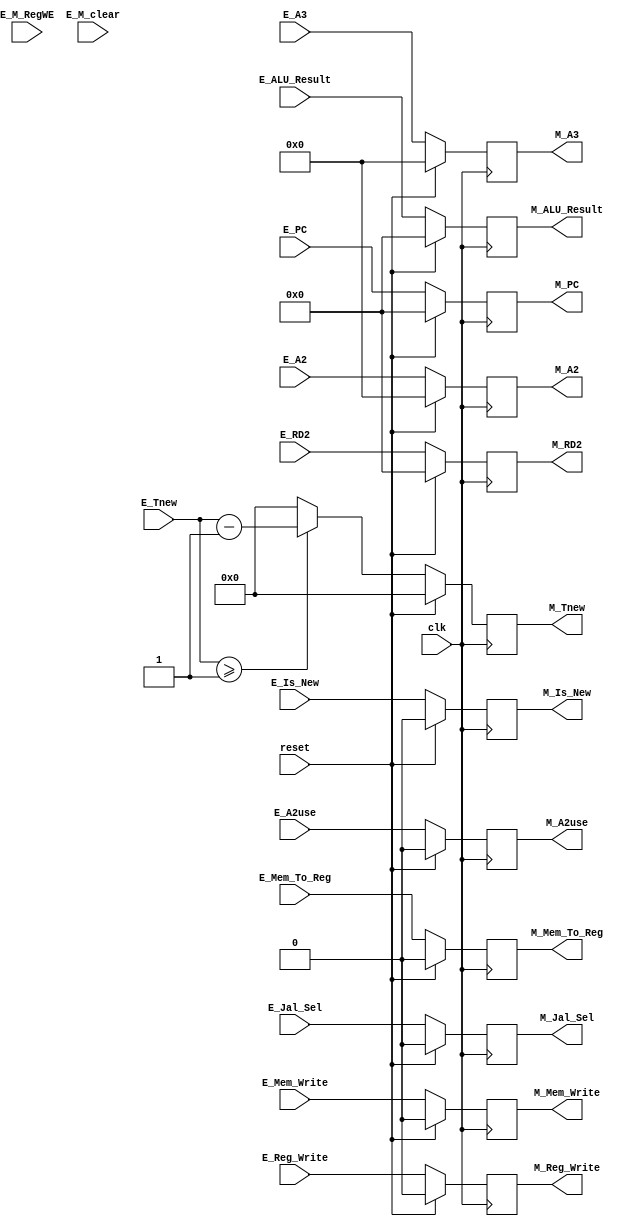
`timescale 1ns / 1ps
//////////////////////////////////////////////////////////////////////////////////
// Company: 
// Engineer: 
// 
// Design Name: 
// Module Name:    E_M 
// Project Name: 
// Target Devices: 
// Tool versions: 
// Description: 
//
// Dependencies: 
//
// Revision: 
// Revision 0.01 - File Created
// Additional Comments: 
//
//////////////////////////////////////////////////////////////////////////////////
module E_M(
    input clk,
    input reset,
    input E_M_RegWE,
    input E_M_clear,

    input [31:0] E_RD2,
    input [31:0] E_PC,
    input E_Mem_Write,//DM
    input [31:0] E_ALU_Result,
    input E_Reg_Write,//GRF
    input E_Mem_To_Reg,//Choose
    input E_Jal_Sel,
    input [4:0] E_A3,//Forwarding
    input [4:0] E_A2,
	input [3:0] E_Tnew,//Delay
    input E_A2use,
	input E_Is_New,
	
	output reg M_Is_New,
    output reg [31:0] M_RD2,
    output reg [31:0] M_PC,
    output reg M_Mem_Write,//DM
    output reg [31:0] M_ALU_Result,
    output reg M_Reg_Write,//GRF
    output reg M_Mem_To_Reg,//Choose
    output reg M_Jal_Sel,
    output reg [4:0] M_A3,//Forwarding
    output reg [4:0] M_A2,
	output reg [3:0] M_Tnew,//Delay
    output reg M_A2use
    );

    always @(posedge clk) begin
        if(reset == 1)begin
            M_RD2 <= 0;
            M_PC <= 0;
            M_Mem_Write <= 0;
            M_ALU_Result <= 0;
            M_Reg_Write <= 0;
            M_Mem_To_Reg <= 0;
            M_Jal_Sel <= 0;
            M_A3 <= 0;
            M_A2 <= 0;
            M_Tnew <= 0;
            M_A2use <= 0;
			M_Is_New <= 0;
        end
        else begin
            M_RD2 <= E_RD2;
            M_PC <= E_PC;
            M_Mem_Write <= E_Mem_Write;
            M_ALU_Result <= E_ALU_Result;
            M_Reg_Write <= E_Reg_Write;
            M_Mem_To_Reg <= E_Mem_To_Reg;
            M_Jal_Sel <= E_Jal_Sel;
            M_A3 <= E_A3;
            M_A2 <= E_A2;
            if(E_Tnew >= 1)begin
                M_Tnew <= E_Tnew-1;
            end
            else M_Tnew <= 0;
            M_A2use <= E_A2use;
			M_Is_New <= E_Is_New;
        end
    end

endmodule